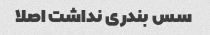
سس بندری نداشت اصلا